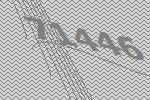
71446